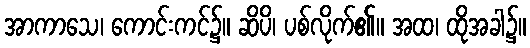
အာကာသေ၊ ကောင်းကင်၌။ ဆိပိ၊ ပစ်လိုက်၏။ အထ၊ ထိုအခါ၌။